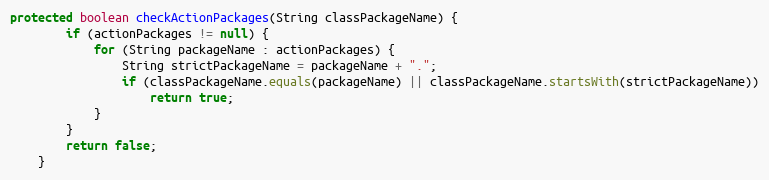
Language: Java
protected boolean checkActionPackages(String classPackageName) {
		if (actionPackages != null) {
			for (String packageName : actionPackages) {
				String strictPackageName = packageName + ".";
				if (classPackageName.equals(packageName) || classPackageName.startsWith(strictPackageName))
					return true;
			}
		}
		return false;
	}